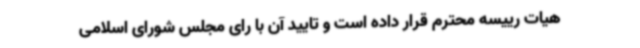
هیات رییسه محترم قرار داده است و تایید آن با رای مجلس شورای اسلامی